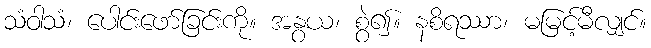
သံဝါသံ၊ ပေါင်းဖော်ခြင်းကို။ အနွယ၊ စွဲ၍။ နစိရဿာ၊ မမြင့်မီလျှင်။